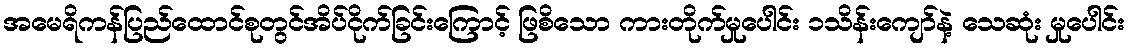
အမေရိကန်ပြည်ထောင်စုတွင်အိပ်ငိုက်ခြင်းကြောင့် ဖြစိသော ကားတိုက်မှုပေါင်း ၁သိန်းကျော်နဲ့ သေဆုံး မှုပေါင်း